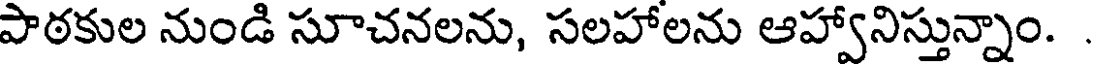
పాఠకుల నుండి సూచనలను, సలహాలను ఆహ్వానిస్తున్నాం.